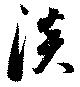
淡